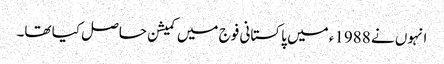
انہوں نے 1988ء میں پاکستانی فوج میں کمیشن حاصل کیا تھا۔